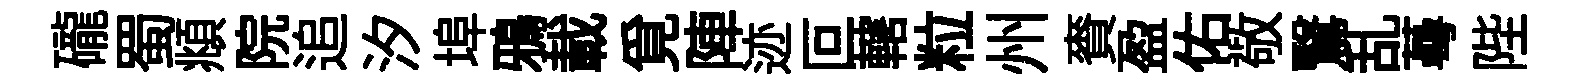
礲蜀頫院追汐埠鴉載覓陣迹叵轄粒州賚盈佑敬鷖乱蕚陛